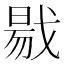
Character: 㦹